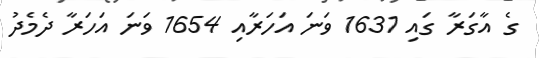
ގެ އާގަރާ ގައި 1631 ވަނަ އަހަރާއި 1654 ވަނަ އަހަރާ ދެމެދު